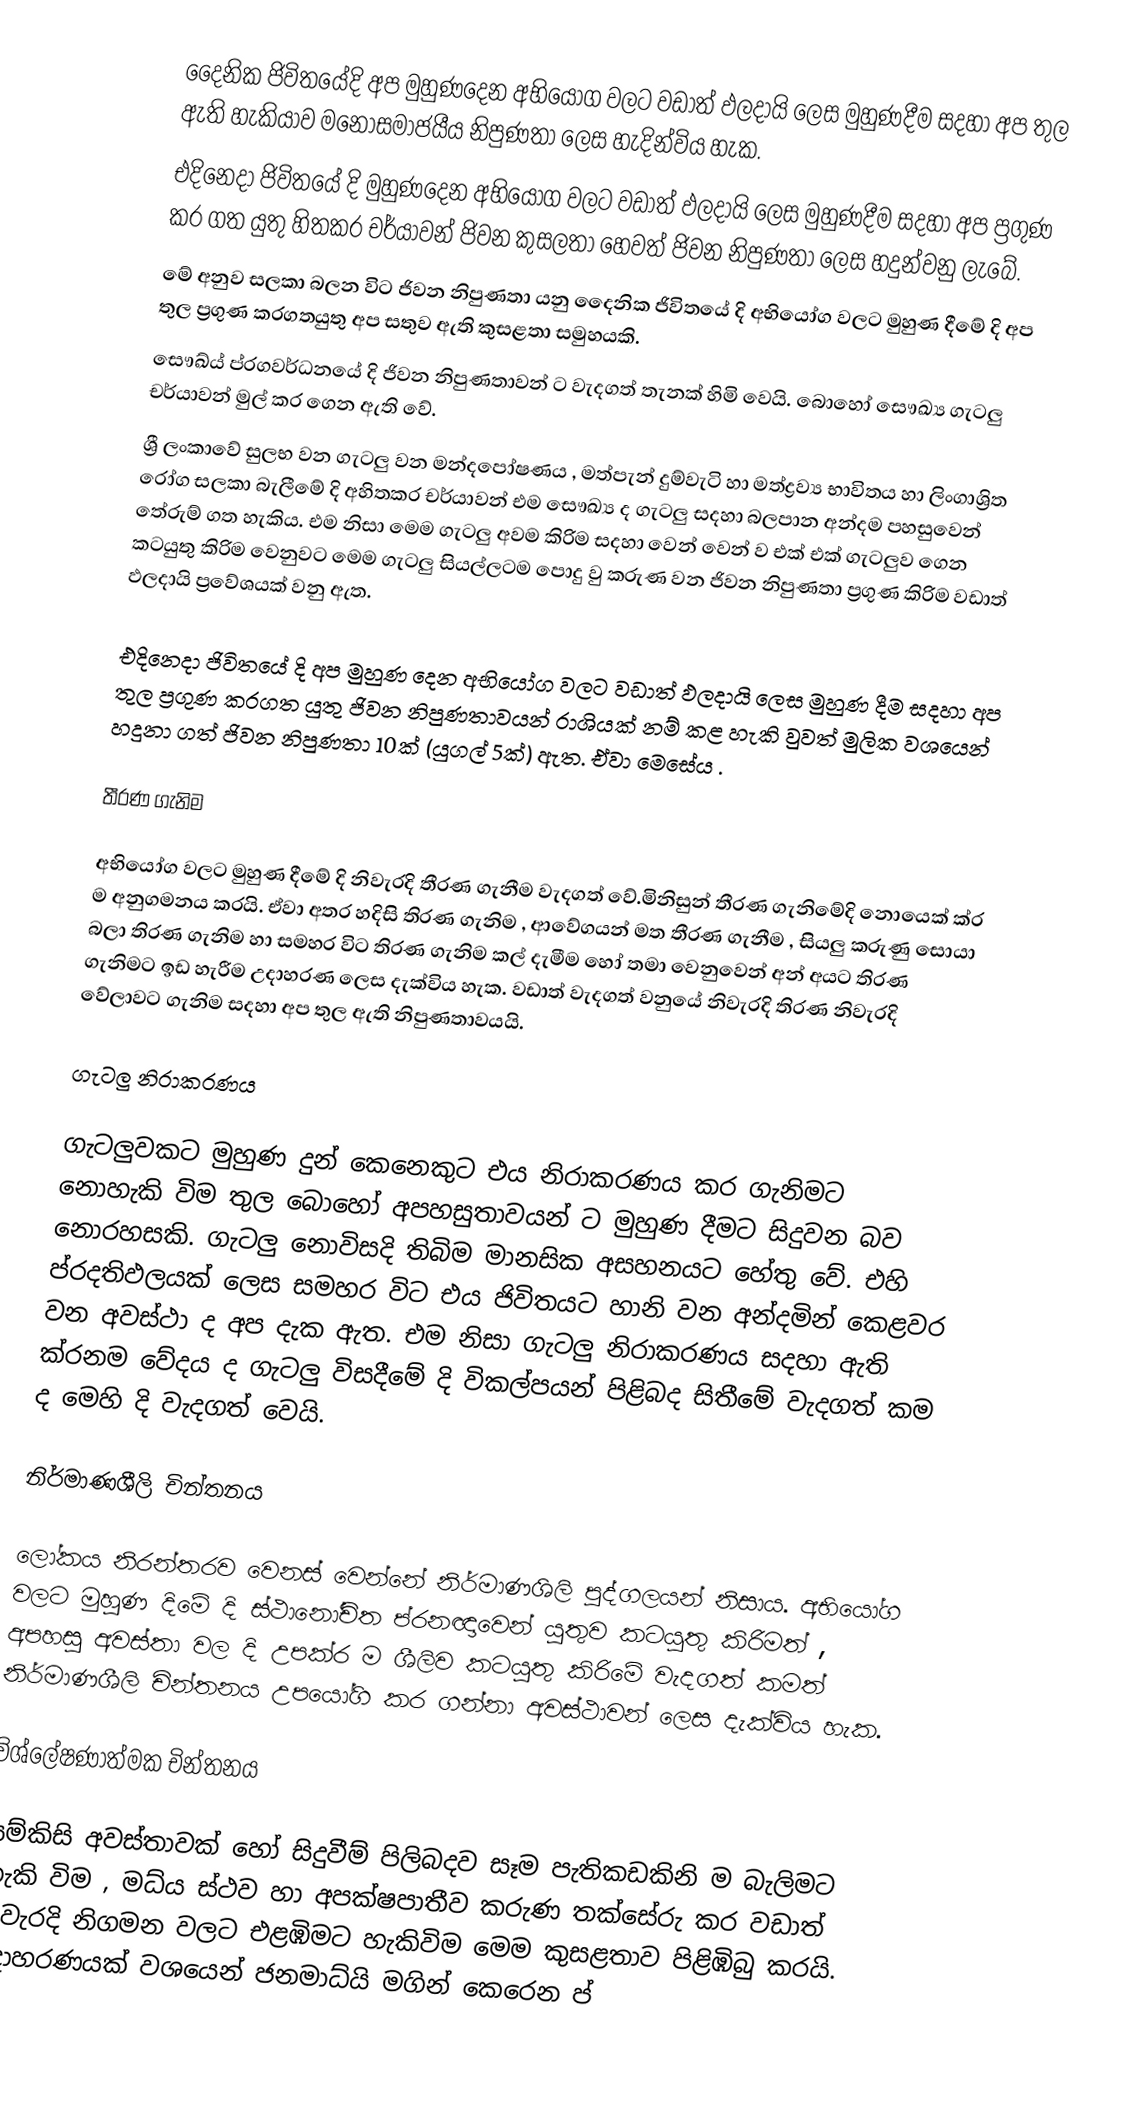
දෛනික ජිවිතයේදි අප මුහුණදෙන අභියෝග වලට වඩාත් ඵලදායි ලෙස මුහුණදීම සදහා අප තුල ඇති හැකියාව මනෝසමාජයීය නිපුණතා ලෙස හැදින්විය හැක.
එදිනෙදා ජිවිතයේ දි මුහුණදෙන අභියෝග වලට වඩාත් ඵලදායි ලෙස මුහුණදීම සදහා අප ප්‍රගුණ  කර ගත යුතු හිතකර චර්යාවන් ජිවන කුසලතා හෙවත් ජිවන නිපුණතා ලෙස හදුන්වනු ලැබේ.
මේ අනුව සලකා බලන විට ජිවන නිපුණතා යනු දෛනික ජිවිතයේ දි අභියෝග වලට මුහුණ දීමේ දි අප තුල  ප්‍රගුණ  කරගතයුතු අප සතුව ඇති කුසළතා සමුහයකි.
සෞඛ්ය් ප්රගවර්ධනයේ දි ජිවන නිපුණතාවන් ට වැදගත් තැනක් හිමි වෙයි. බොහෝ සෞඛ්‍ය  ගැටලු චර්යාවන් මුල් කර ගෙන ඇති වේ.
ශ්‍රී ලංකාවේ සුලභ වන ගැටලු වන මන්දපෝෂණය , මත්පැන් දුම්වැටි හා මත්ද්‍රව්‍ය  භාවිතය හා ලිංගාශ්‍රිත රෝග සලකා බැලීමේ දි අහිතකර චර්යාවන් එම සෞඛ්‍ය ද ගැටලු සදහා බලපාන අන්දම පහසුවෙන් තේරුම් ගත හැකිය. එම නිසා මෙම ගැටලු අවම කිරිම සදහා වෙන් වෙන් ව එක් එක් ගැටලුව ගෙන කටයුතු කිරිම වෙනුවට මෙම ගැටලු සියල්ලටම පොදු වු කරුණ වන ජිවන නිපුණතා ප්‍රගුණ කිරිම වඩාත් ඵලදායි ප්‍රවේශයක් වනු ඇත.

එදිනෙදා ජිවිතයේ දි අප මුහුණ දෙන අභියෝග වලට වඩාත් ඵලදායි ලෙස මුහුණ දීම සදහා අප තුල  ප්‍රගුණ කරගත යුතු ජිවන නිපුණතාවයන් රාශියක් නම් කළ හැකි වුවත් මුලික වශයෙන් හදුනා ගත් ජිවන නිපුණතා 10ක් (යුගල් 5ක්) ඇත. ඒවා මෙසේය .

තීරණ ගැනිම

අභියෝග වලට මුහුණ දීමේ දි නිවැරදි තීරණ ගැනීම වැදගත් වේ.මිනිසුන් තීරණ ගැනිමේදි නොයෙක් ක්ර ම අනුගමනය කරයි. ඒවා අතර හදිසි තිරණ ගැනිම , ආවේගයන් මත තීරණ ගැනීම , සියලු කරුණු සොයා බලා තිරණ ගැනිම හා සමහර විට තිරණ ගැනිම කල් දැමීම හෝ තමා වෙනුවෙන් අන් අයට තිරණ ගැනිමට ඉඩ හැරීම උදාහරණ ලෙස දැක්විය හැක. වඩාත් වැදගත් වනුයේ නිවැරදි තිරණ නිවැරදි වේලාවට ගැනිම සදහා අප තුල ඇති නිපුණතාවයයි.

ගැටලු නිරාකරණය

ගැටලුවකට මුහුණ දුන් කෙනෙකුට එය නිරාකරණය කර ගැනිමට නොහැකි විම තුල බොහෝ අපහසුතාවයන් ට මුහුණ දීමට සිදුවන බව නොරහසකි. ගැටලු නොවිසදි තිබිම මානසික අසහනයට හේතු වේ. එහි ප්රදතිඵලයක් ලෙස සමහර විට එය ජිවිතයට හානි වන අන්දමින් කෙළවර වන අවස්ථා ද අප දැක ඇත. එම නිසා ගැටලු නිරාකරණය සදහා ඇති ක්රනම වේදය ද ගැටලු විසදීමේ දි විකල්පයන් පිළිබද සිතීමේ වැදගත් කම ද මෙහි දි වැදගත් වෙයි.

නිර්මාණශීලි චින්තනය

ලෝකය නිරන්තරව වෙනස් වෙන්නේ නිර්මාණශිලි පුද්ගලයන් නිසාය. අභියෝග වලට මුහුණ දිමේ දි ස්ථානෝචිත ප්රනඥාවෙන් යුතුව කටයුතු කිරිමත් , අපහසු අවස්තා වල දි උපක්ර ම ශීලිව කටයුතු කිරිමේ වැදගත් කමත් නිර්මාණශීලි චින්තනය උපයෝගි කර ගන්නා අවස්ථාවන් ලෙස දැක්විය හැක.

විශ්ලේෂණාත්මක චින්තනය

යම්කිසි අවස්තාවක් හෝ සිදුවීම් පිලිබදව සෑම පැතිකඩකිනි ම බැලිමට හැකි විම , මධ්ය ස්ථව හා අපක්ෂපාතීව කරුණ තක්සේරු කර වඩාත් නිවැරදි නිගමන වලට එළඹිමට හැකිවිම මෙම කුසළතාව පිළිඹිබු කරයි. උදාහරණයක් වශයෙන් ජනමාධ්යි මගින් කෙරෙන ප්